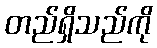
တည်ရှိသည်ကို